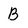
Character: B